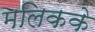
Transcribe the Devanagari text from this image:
मलिकके